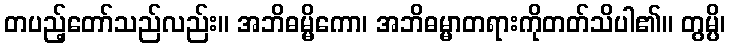
တပည့်တော်သည်လည်း။ အဘိဓမ္မိကော၊ အဘိဓမ္မာတရားကိုတတ်သိပါ၏။ တွမ္ပိ၊